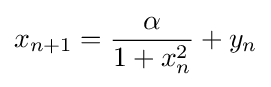
x_{n+1}={\frac {\alpha }{1+x_{n}^{2}}}+y_{n}